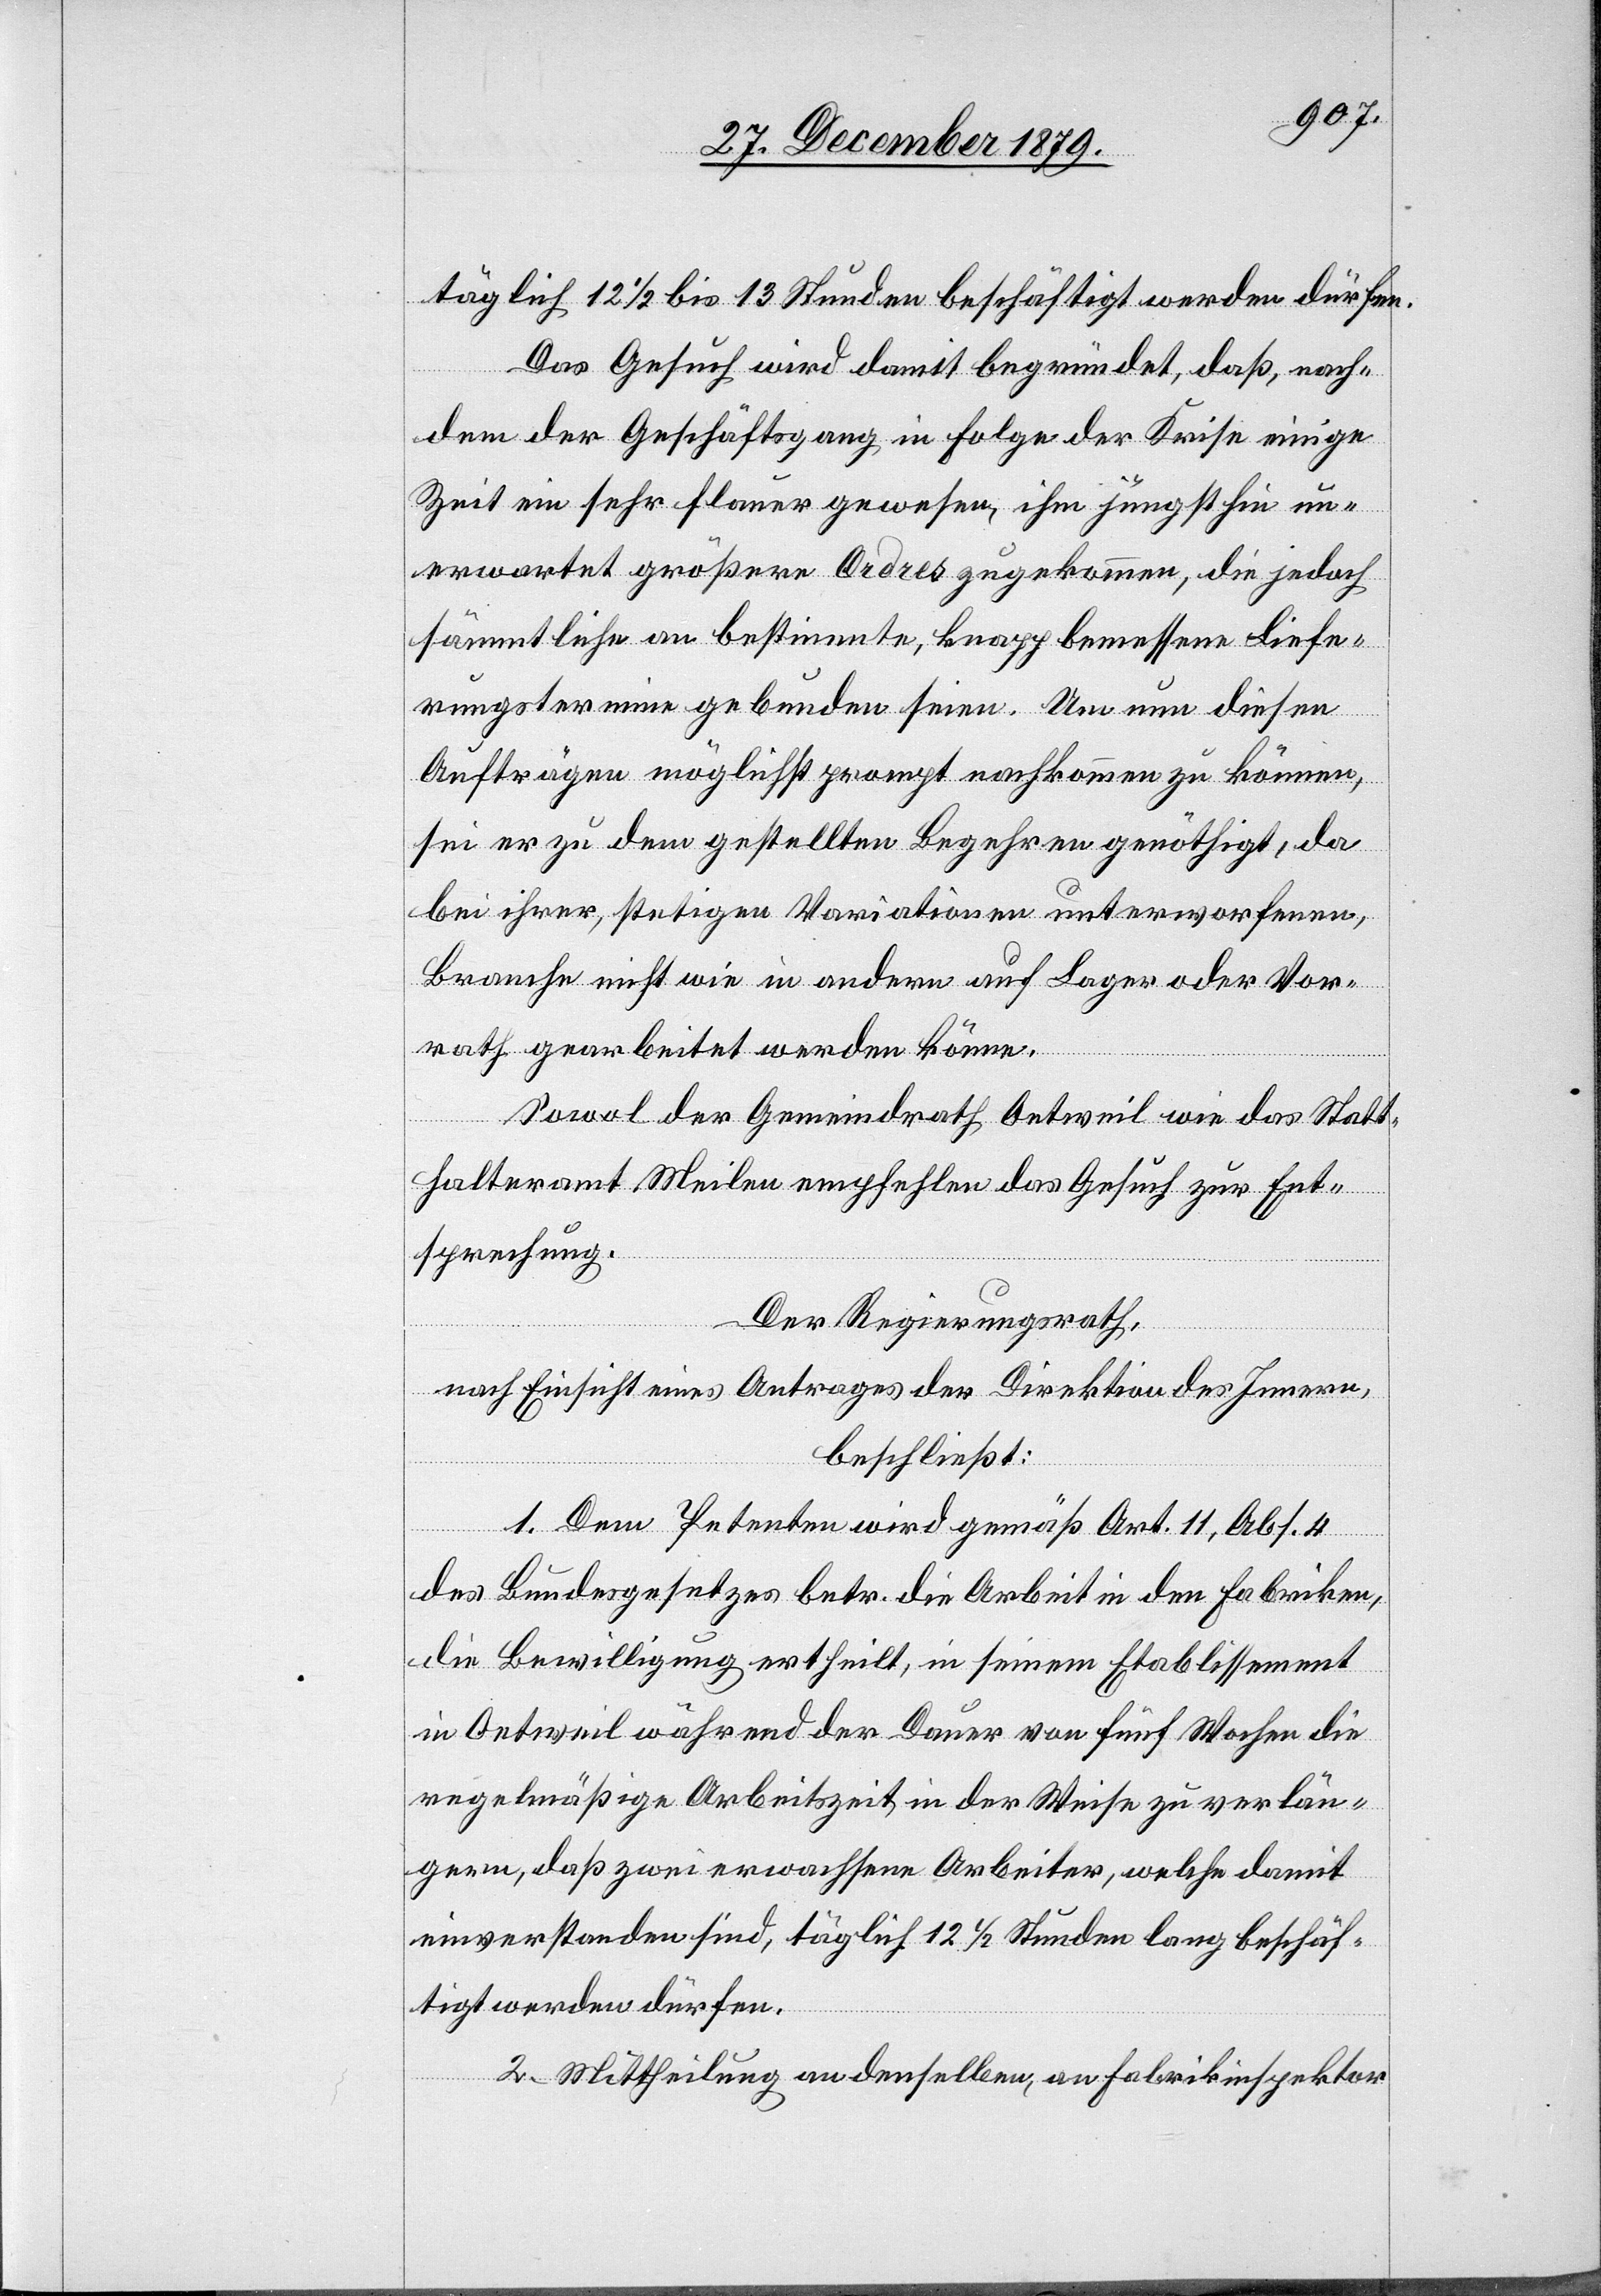
täglich 12 1/2 bis 13 Stunden beschäftigt werden dürfen.
Das Gesuch wird damit begründet., daß, nach¬
dem der Geschäftsgang in Folge der Krise einige
Zeit ein sehr flauer gewesen, ihm jüngst hin un¬
erwartet größere Ordres zugekommen, die jedoch
sämmtliche an bestimmte, knapp bemessene Liefe¬
rungstermine gebunden seien. Um nun diesen
Aufträgen möglichst prompt nachkommen zu können,
sei er zu dem gestellten Begehren genöthigt, da
bei ihrer, stetigen Variationen unterworfenen,
Branche nicht wie in andern auf Lager oder Vor¬
rath gearbeitet werden könne.
Sowol der Gemeindrath Oetweil wie das Statt¬
halteramt Meilen empfehlen das Gesuch zur Ent¬
sprechung.
Der Regierungsrath,
nach Einsicht eines Antrages der Direktion des Innern,
beschließt:
1. Dem Petenten wird gemäß Art. 11, Abs. 4
des Bundesgesetzes betr. die Arbeit in den Fabriken,
die Bewilligung ertheilt, in seinem Etablissement
in Oetweil während der Dauer von fünf Wochen die
regelmäßige Arbeitszeit in der Weise zu verlän¬
gern, daß zwei erwachsene Arbeiter, welche damit
einverstanden sind, täglich 12 1/2 Stunden lang beschäf¬
tigt werden dürfen.
2. Mittheilung an denselben, an Fabrikinspektor